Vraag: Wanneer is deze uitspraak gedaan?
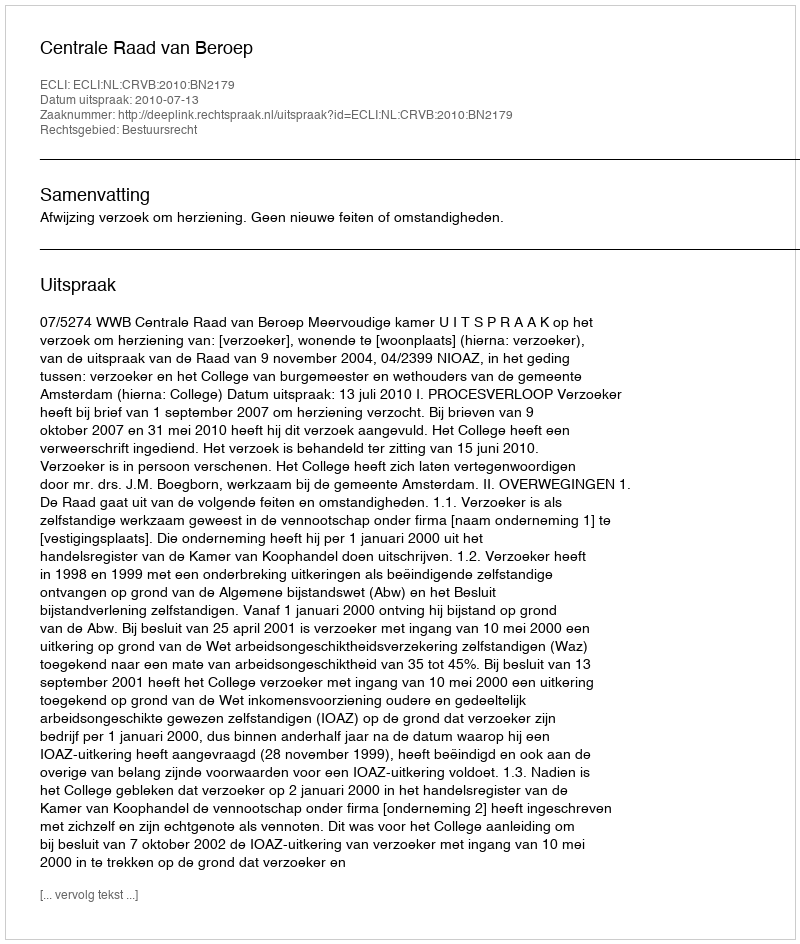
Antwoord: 2010-07-13